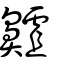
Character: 齇